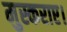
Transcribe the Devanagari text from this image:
मुस्कराए।